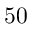
5 0